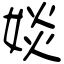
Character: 婒